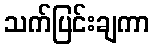
သက်ပြင်းချကာ